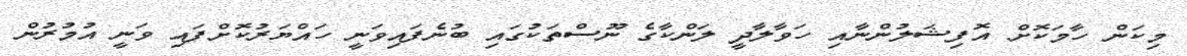
މިކަން ހާމަކޮށް އޮފިޝަލުންނާއި ހަވާލާދީ ލަންކާގެ ނޫސްތަކުގައި ބުނެފައިވަނީ ހައްޔަރުކޮށްފައި ވަނީ އުމުރުން